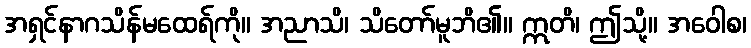
အရှင်နာဂသိန်မထေရ်ကို။ အညာသိ၊ သိတော်မူဘိ၏။ ဣတိ၊ ဤသို့။ အဝေါစ၊